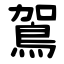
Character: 鴐